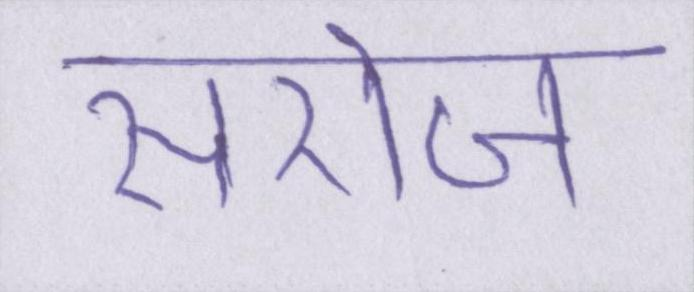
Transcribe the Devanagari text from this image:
सरोज